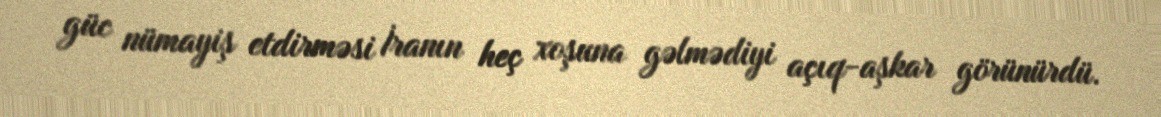
güc nümayiş etdirməsi İranın heç xoşuna gəlmədiyi açıq-aşkar görünürdü.